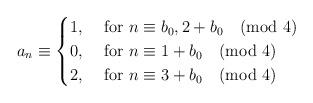
LaTeX: \begin{align*}a_n \equiv\begin{cases}1, &\mbox{ for } n\equiv b_0, 2+b_0\pmod{4} \\0, &\mbox{ for } n\equiv 1+b_0\pmod{4} \\2, &\mbox{ for } n\equiv 3+b_0\pmod{4} \\\end{cases}\end{align*}